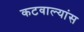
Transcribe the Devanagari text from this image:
कटवाल्यांस